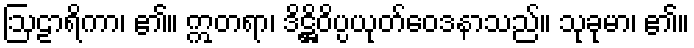
ဩဠာရိကာ၊ ၏။ ဣတရာ၊ ဒိဋ္ဌိဝိပ္ပယုတ်ဝေဒနာသည်။ သုခုမာ၊ ၏။